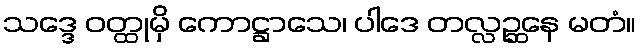
သဒ္ဒေ ဝတ္ထုမှိ ကောဋ္ဌာသေ၊ ပါဒေ တလ္လဉ္ဆနေ မတံ။